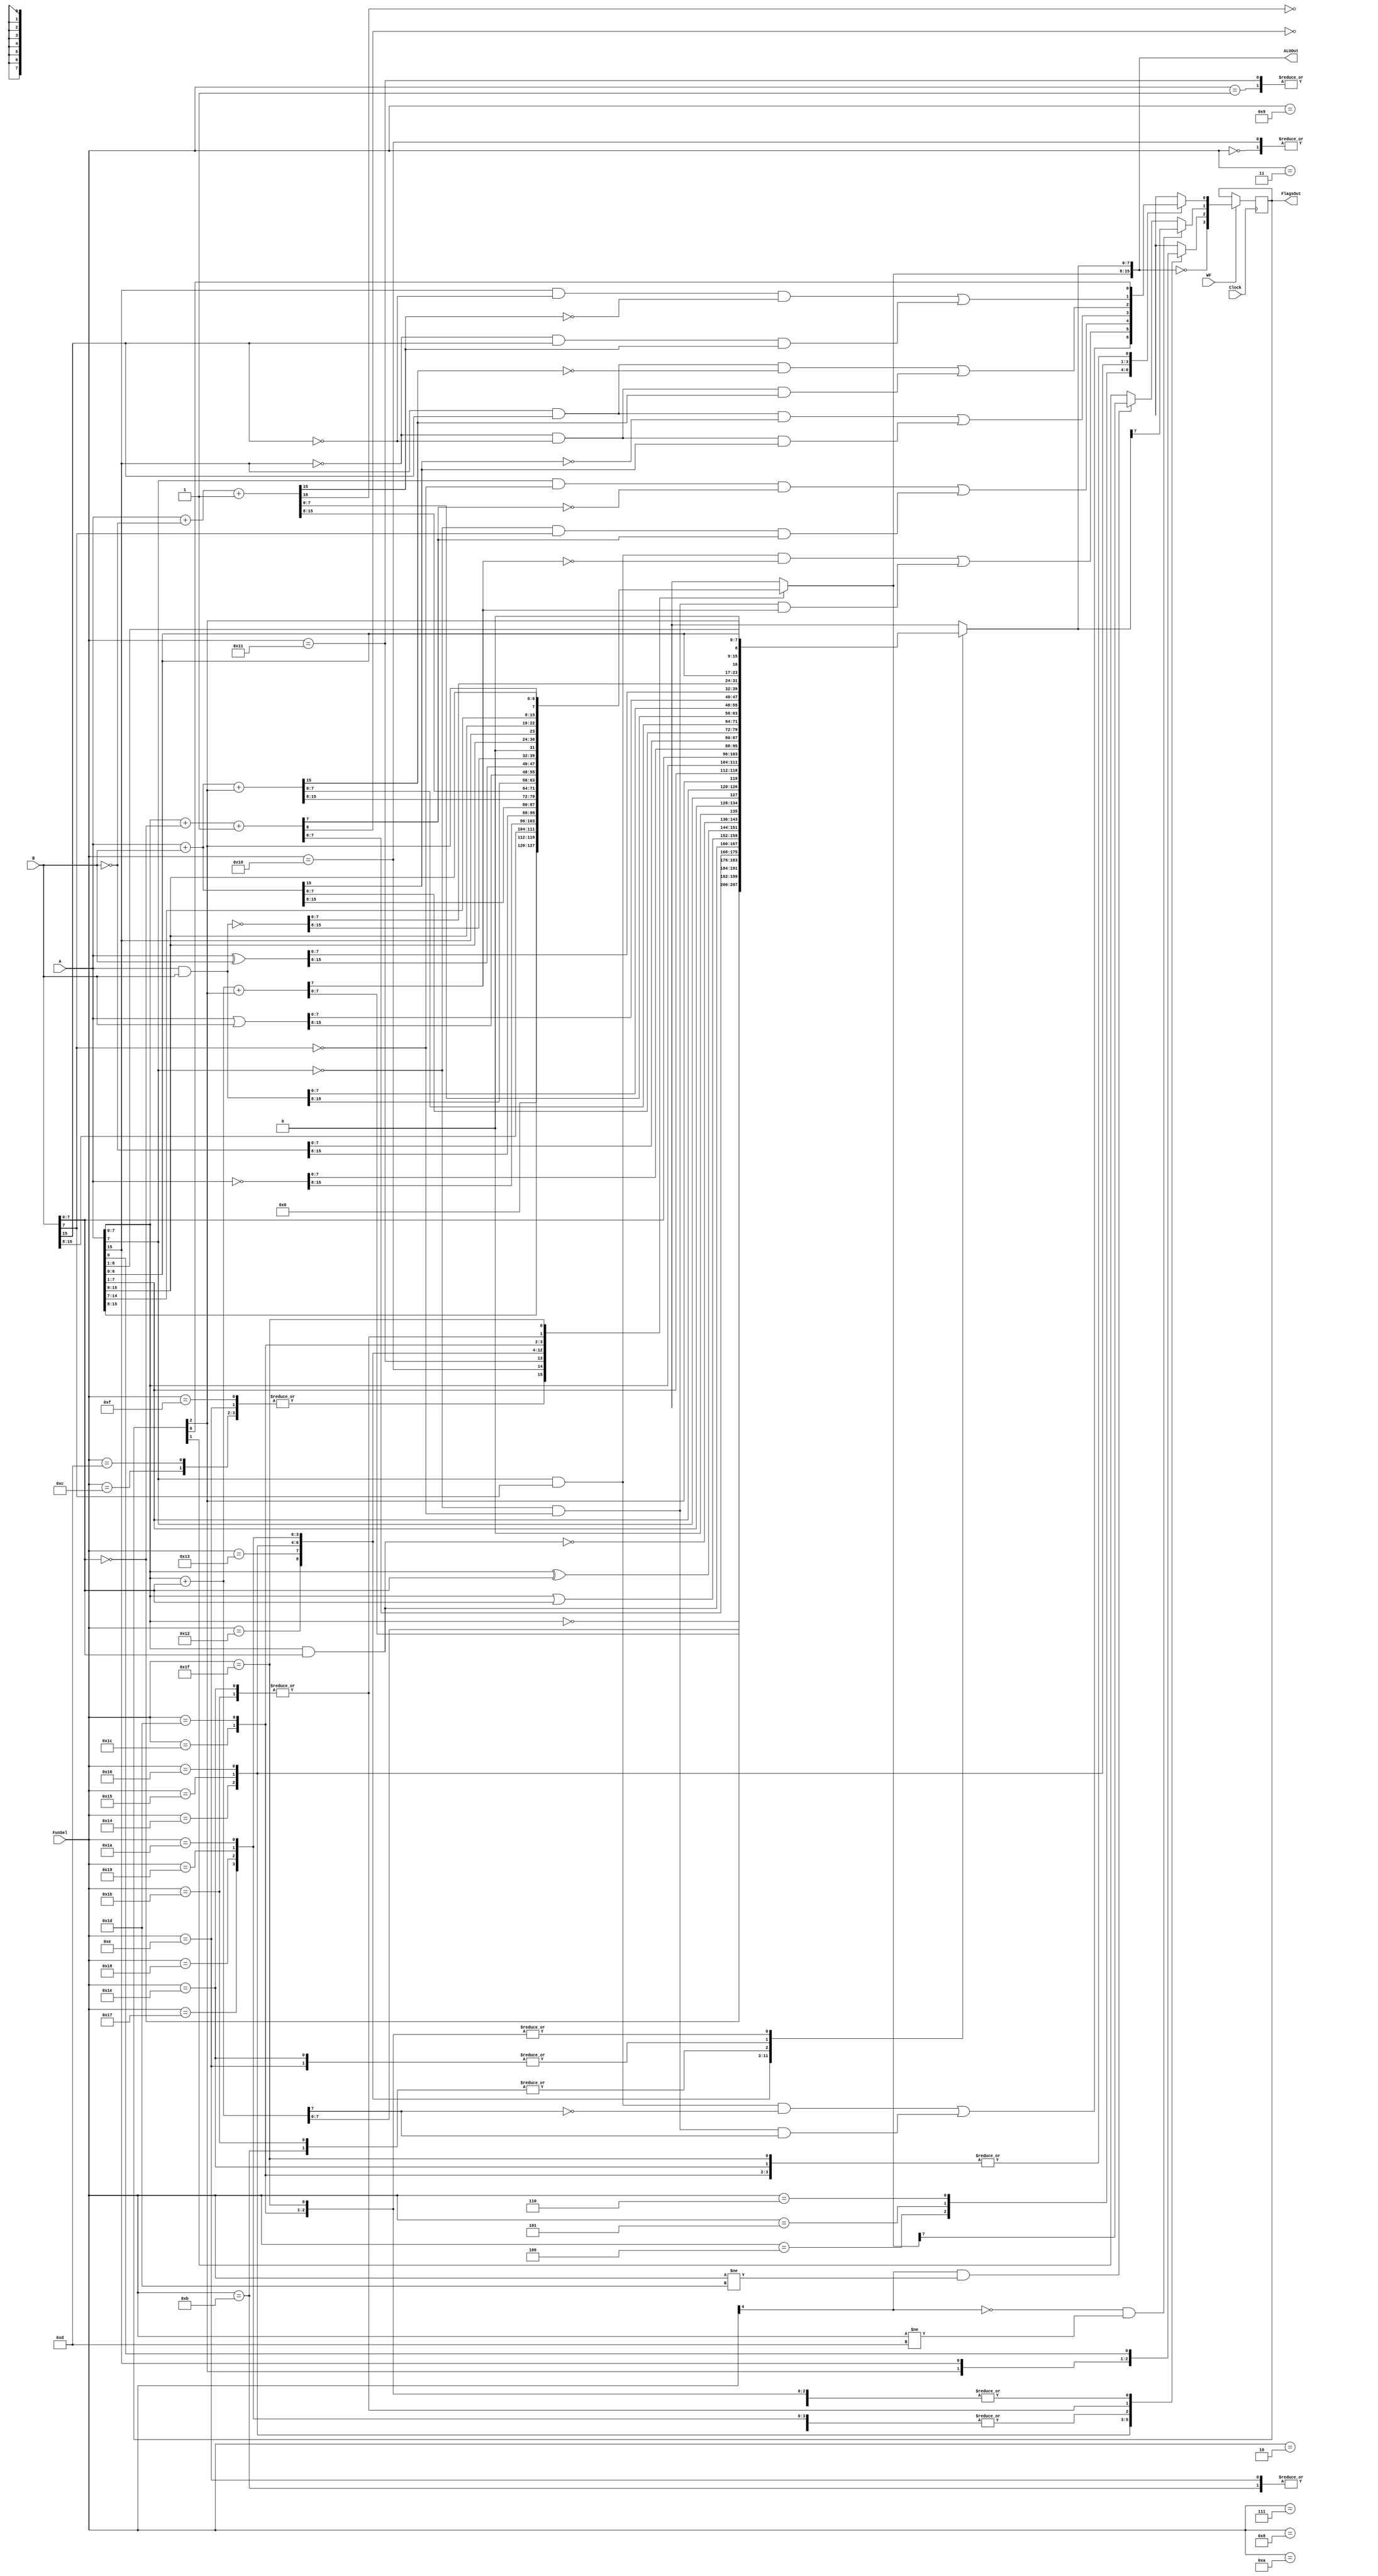
`timescale 1ns / 1ps
//////////////////////////////////////////////////////////////////////////////////
// Company: ITU Computer Engineering Department
// Engineers: Mustafa Bozdoan, Enes Saak
// Project Name: BLG222E Project 1 Simulation
//////////////////////////////////////////////////////////////////////////////////
module ArithmeticLogicUnit(A, B, FunSel, FlagsOut, WF, ALUOut, Clock);
    input wire [15:0] A;
    input wire [15:0] B;
    input wire [4:0] FunSel;
    input wire WF, Clock;
    output reg [15:0] ALUOut;
    output reg [3:0] FlagsOut;

    reg Z;
    reg C;
    reg N;
    reg O;
    
    always @(*) begin
        Z = FlagsOut[3];
        C = FlagsOut[2];
        N = FlagsOut[1];
        O = FlagsOut[0];
        case(FunSel)
            5'b00000: ALUOut = {8'h00, A[7:0]}; // A 8-bit
            5'b00001: ALUOut = {8'h00, B[7:0]}; // B 8-bit
            5'b00010: ALUOut = {8'h00, ~A[7:0]}; // NOT A 8-bit
            5'b00011: ALUOut = {8'h00, ~B[7:0]}; // NOT B 8-bit
            5'b00100: begin // A + B 8-bit addition
                {C, ALUOut[7:0]} = {1'b0, A[7:0]} + {1'b0, B[7:0]};
                ALUOut = {8'h00, ALUOut[7:0]};
                O = ((A[7] & B[7]) & ~ALUOut[7]) | ((~A[7] & ~B[7]) & ALUOut[7]);
            end
            5'b00101: begin // A + B + Carry 8-bit addition with carry
                {C, ALUOut[7:0]} = {1'b0, A[7:0]} + {1'b0, B[7:0]} + FlagsOut[2];
                ALUOut = {8'h00, ALUOut[7:0]};
                O = ((A[7] & B[7]) & ~ALUOut[7]) | ((~A[7] & ~B[7]) & ALUOut[7]);
            end
            5'b00110: begin // A - B 8-bit subtraction
                ALUOut[8:0] = {1'b0, A[7:0]} + {1'b0, ~B[7:0]} + 1;
                C = ~ALUOut[8];
                ALUOut = {8'h00, ALUOut[7:0]};
                O = ((A[7] & ~B[7]) & ~ALUOut[7]) | ((~A[7] & B[7]) & ALUOut[7]);
            end
            5'b00111: ALUOut = {8'h00, (A[7:0] & B[7:0])}; // A AND B 8-bit AND
            5'b01000: ALUOut = {8'h00, (A[7:0] | B[7:0])}; // A OR B 8-bit OR
            5'b01001: ALUOut = {8'h00, (A[7:0] ^ B[7:0])}; // A XOR B 8-bit XOR
            5'b01010: ALUOut = {8'h00, ~(A[7:0] & B[7:0])}; // A NAND B 8-bit NAND
            5'b01011: {ALUOut[15:8], C, ALUOut[7:0]} = {8'h00, A[7:0], 1'b0}; // 8-bit Logical Shift Left
            5'b01100: {ALUOut, C} = {8'h00, A[7:0], 1'b0} >> 1; // 8-bit Logical Shift Right
            5'b01101: {ALUOut, C} = {8'h00, A[7], A[7:0]}; // 8-bit Arithmetic Shift Right
            5'b01110: {ALUOut[15:8], C, ALUOut[7:0]} = {8'h00, A[7:0], FlagsOut[2]}; // 8-bit Circular Shift Left
            5'b01111: {ALUOut, C} = {8'h00, FlagsOut[2], A[7:0]}; // 8-bit Circular Shift Right
            5'b10000: ALUOut = A; // 16-bit A
            5'b10001: ALUOut = B; // 16-bit B
            5'b10010: ALUOut = ~A; // 16-bit NOT A
            5'b10011: ALUOut = ~B; // 16-bit NOT B
            5'b10100: begin // A + B 16-bit addition
                {C, ALUOut} = {1'b0, A} + {1'b0, B};
                O = (A[15] & B[15] & ~ALUOut[15]) | (~A[15] & ~B[15] & ALUOut[15]);
            end
            5'b10101: begin // A + B + Carry 16-bit addition with carry
                {C, ALUOut} = {1'b0, A} + {1'b0, B} + FlagsOut[2];
                O = (A[15] & B[15] & ~ALUOut[15]) | (~A[15] & ~B[15] & ALUOut[15]);
            end
            5'b10110: begin // A - B 16-bit subtraction
                {C, ALUOut} = {1'b0, A} + {1'b0, ~B} + 1;
                C = ~C;
                O = (A[15] & ~B[15] & ~ALUOut[15]) | (~A[15] & B[15] & ALUOut[15]);
            end
            5'b10111: ALUOut = A & B; // A AND B 16-bit AND
            5'b11000: ALUOut = A | B; // A OR B 16-bit OR
            5'b11001: ALUOut = A ^ B; // A XOR B 16-bit XOR
            5'b11010: ALUOut = ~(A & B); // A NAND B 16-bit NAND
            5'b11011: {C, ALUOut} = {1'b0, A} << 1; // 16-bit Logical Shift Left
            5'b11100: {ALUOut, C} = {A, 1'b0} >> 1; // 16-bit Logical Shift Right
            5'b11101: {ALUOut, C} = {A[15], A}; // 16-bit Arithmetic Shift Right
            5'b11110: {C, ALUOut} = {A, FlagsOut[2]}; // 16-bit Circular Shift Left
            5'b11111: {ALUOut, C} = {FlagsOut[2], A}; // 16-bit Circular Shift Right
        endcase
        Z = (ALUOut == 16'h0000);
        if (FunSel[4] == 1 && FunSel != 5'b11101) N = ALUOut[15];
        if (FunSel[4] == 0 && FunSel != 5'b01101) N = ALUOut[7];
    end
    always @(posedge Clock) begin
        if(WF == 1) FlagsOut = {Z, C, N, O};
    end
endmodule